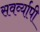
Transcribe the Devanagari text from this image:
सवर्व्यापी